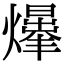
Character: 𤑥